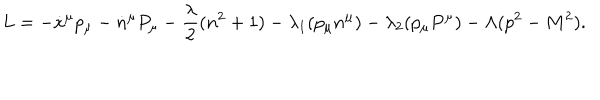
L = - \dot { x } ^ { \mu } p _ { \mu } - \dot { n } ^ { \mu } P _ { \mu } - { \frac { \lambda } { 2 } } ( n ^ { 2 } + 1 ) - \lambda _ { 1 } ( p _ { \mu } n ^ { \mu } ) - \lambda _ { 2 } ( p _ { \mu } P ^ { \mu } ) - \Lambda ( p ^ { 2 } - M ^ { 2 } ) .